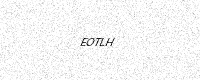
Text: EOTLH